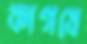
কাগযে